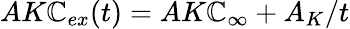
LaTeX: AK\mathbb{C}_{ex}(t)=AK\mathbb{C}_{\infty}+A_{K}/t